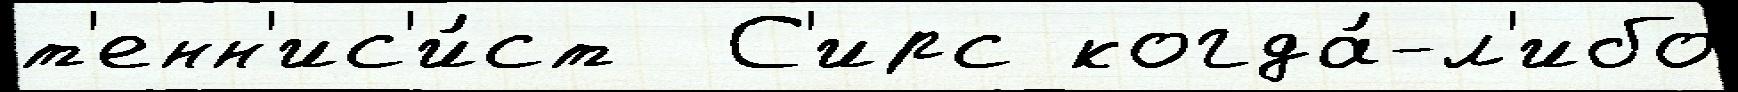
т'енн'ис'и́ст  С'ирс когда́-л'ибо